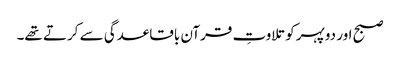
صبح اور دوپہر کو تلاوتِ قرآن باقاعدگی سے کرتے تھے۔